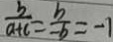
\frac { b } { a + c } = \frac { b } { - b } = - 1